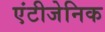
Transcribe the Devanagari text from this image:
एंटीजेनिक